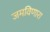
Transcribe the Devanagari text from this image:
जमविणारा